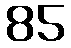
85